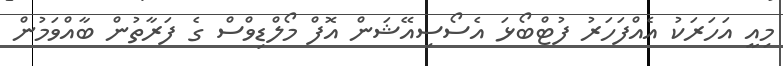
މިއީ އަހަރަކު އެއްފަހަރު ފުޓްބޯޅަ އެސޯސިއޭޝަން އޮފް މޯލްޑިވްސް ގެ ފަރާތުން ބާއްވަމުން